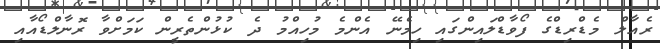
ރެއާލް މެޑްރިޑްގެ ފޯވާޑްލައިންގައި ހިމެނޭ އެންމެ މުހިއްމު ދެ ކުޅުންތެރީން ކަމަށްވާ ރޮނާލްޑޯއާއި